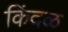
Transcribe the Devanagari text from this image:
किंदळ